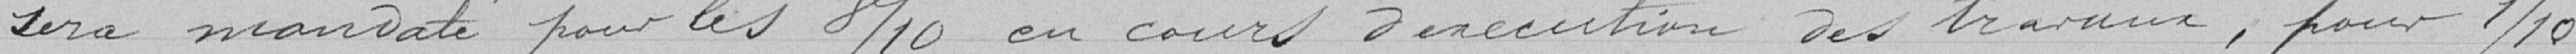
sera mandaté pour les 8/10 en cours d'exécution des travaux, pour 1/10